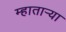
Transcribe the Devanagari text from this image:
म्हातार्‍या